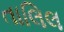
તાલિલ